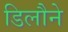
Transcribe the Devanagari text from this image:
डिलौने